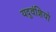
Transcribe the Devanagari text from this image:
यदुवंशियो